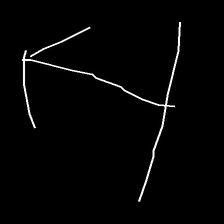
Glyph: levitation